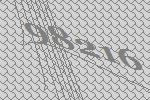
98216